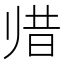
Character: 𱍳